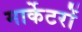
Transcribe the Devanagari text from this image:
मार्केटरों